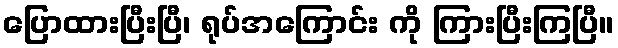
ပြောထားပြီးပြီ၊ ရုပ်အကြောင်း ကို ကြားပြီးကြပြီ။